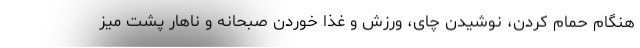
هنگام حمام کردن، نوشیدن چای، ورزش و غذا خوردن صبحانه و ناهار پشت میز